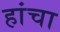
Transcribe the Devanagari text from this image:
हांचा